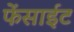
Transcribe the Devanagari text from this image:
फेंसाईट